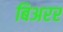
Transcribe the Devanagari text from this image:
बिअरर